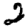
Digit: 2